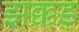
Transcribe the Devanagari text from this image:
झक्कड़